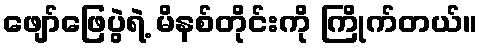
ဖျော်ဖြေပွဲရဲ့ မိနစ်တိုင်းကို ကြိုက်တယ်။